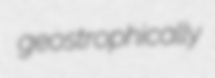
geostrophically